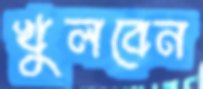
খুলবেন